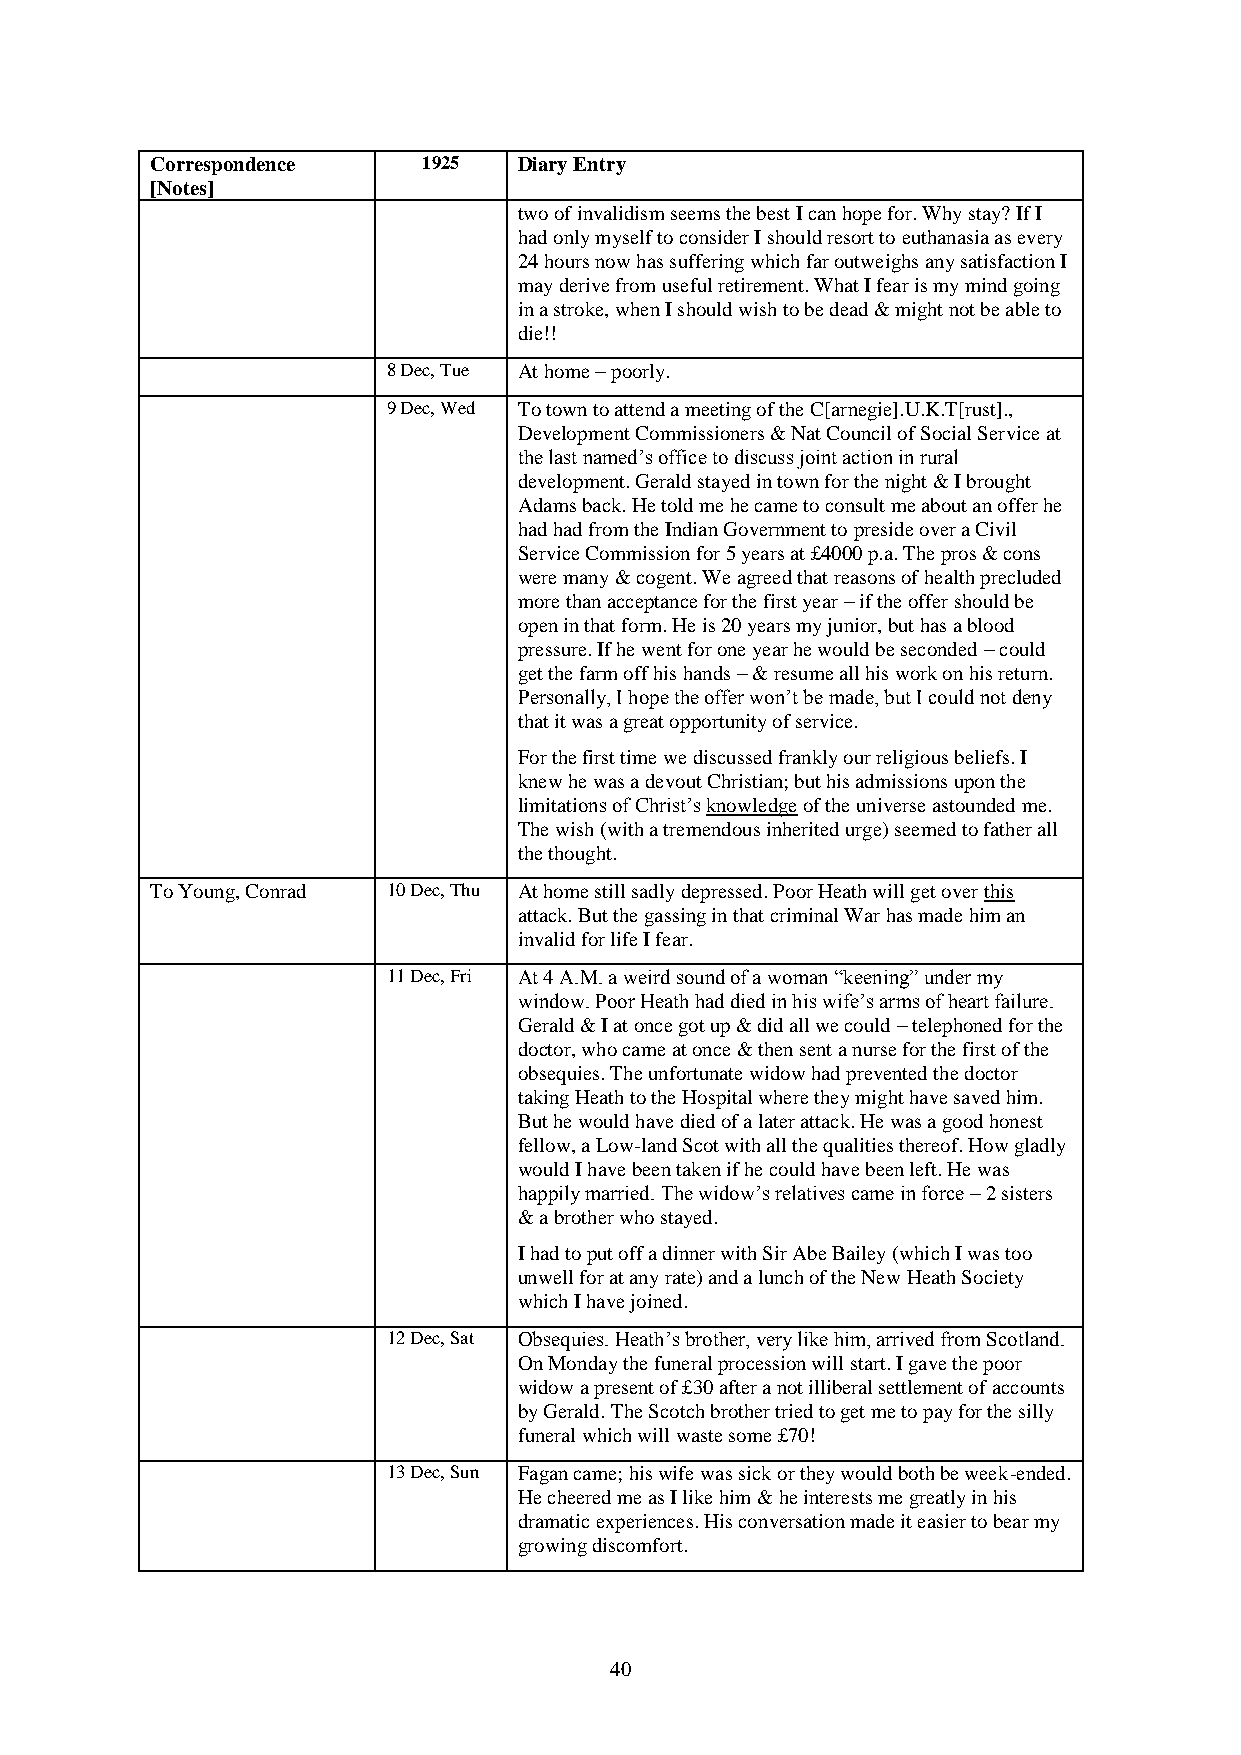
Correspondence    1925  Diary Entry
 [Notes]
 two of invalidism seems the best I can hope for. Why stay? If I
 had only myself to consider I should resort to euthanasia as every
 24 hours now has suffering which far outweighs any satisfaction I
 may derive from useful retirement. What I fear is my mind going
 in a stroke, when I should wish to be dead & might not be able to
 die!!
 8 Dec, Tue At home – poorly.
 9 Dec, Wed To town to attend a meeting of the C[arnegie].U.K.T[rust].,
 Development Commissioners & Nat Council of Social Service at
 the last named’s office to discuss joint action in rural
 development. Gerald stayed in town for the night & I brought
 Adams back. He told me he came to consult me about an offer he
 had had from the Indian Government to preside over a Civil
 Service Commission for 5 years at £4000 p.a. The pros & cons
 were many & cogent. We agreed that reasons of health precluded
 more than acceptance for the first year – if the offer should be
 open in that form. He is 20 years my junior, but has a blood
 pressure. If he went for one year he would be seconded – could
 get the farm off his hands – & resume all his work on his return.
 Personally, I hope the offer won’t be made, but I could not deny
 that it was a great opportunity of service.
 For the first time we discussed frankly our religious beliefs. I
 knew he was a devout Christian; but his admissions upon the
 limitations of Christ’s knowledge of the universe astounded me.
 The wish (with a tremendous inherited urge) seemed to father all
 the thought.
 To Young, Conrad 10 Dec, Thu At home still sadly depressed. Poor Heath will get over this
 attack. But the gassing in that criminal War has made him an
 invalid for life I fear.
 11 Dec, Fri At 4 A.M. a weird sound of a woman “keening” under my
 window. Poor Heath had died in his wife’s arms of heart failure.
 Gerald & I at once got up & did all we could – telephoned for the
 doctor, who came at once & then sent a nurse for the first of the
 obsequies. The unfortunate widow had prevented the doctor
 taking Heath to the Hospital where they might have saved him.
 But he would have died of a later attack. He was a good honest
 fellow, a Low-land Scot with all the qualities thereof. How gladly
 would I have been taken if he could have been left. He was
 happily married. The widow’s relatives came in force – 2 sisters
 & a brother who stayed.
 I had to put off a dinner with Sir Abe Bailey (which I was too
 unwell for at any rate) and a lunch of the New Heath Society
 which I have joined.
 12 Dec, Sat Obsequies. Heath’s brother, very like him, arrived from Scotland.
 On Monday the funeral procession will start. I gave the poor
 widow a present of £30 after a not illiberal settlement of accounts
 by Gerald. The Scotch brother tried to get me to pay for the silly
 funeral which will waste some £70!
 13 Dec, Sun Fagan came; his wife was sick or they would both be week-ended.
 He cheered me as I like him & he interests me greatly in his
 dramatic experiences. His conversation made it easier to bear my
 growing discomfort.
 40